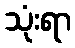
သုံးရာ